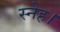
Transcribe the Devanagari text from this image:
स्नेह।